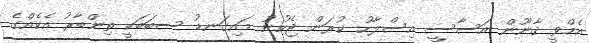
އެމްވީ ޤާނޫން އަސާސީ އިސްލާހު ކުރަން ޖެހުނު މައިގަނޑު ސބަބަކީ ތިންބާރު އެކެއްގެ